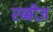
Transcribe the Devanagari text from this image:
रब्बीज़